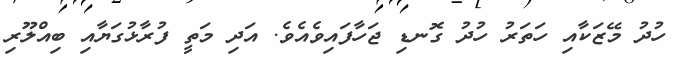
ހުދު މޭޒަކާއި ހަތަރު ހުދު ގޮނޑި ޖަހާފައިވެއެވެ. އަދި މަތީ ފުރާޅުގަޔާއި ބިއްލޫރި